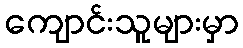
ကျောင်းသူများမှာ